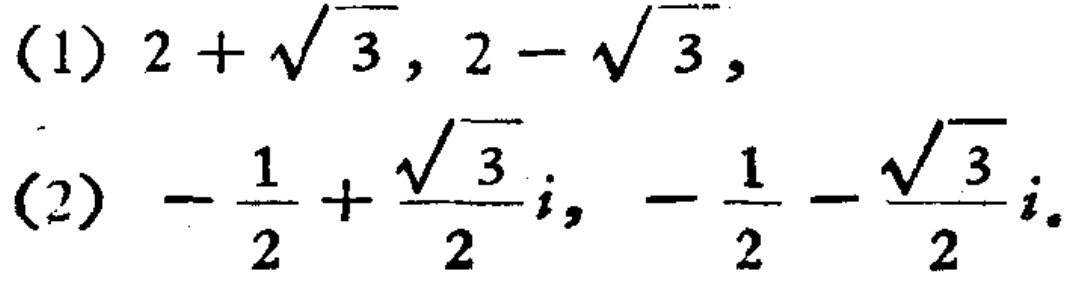
(1) \(2 + \sqrt{3}, 2 - \sqrt{3},\)
(2) \(-\frac{1}{2} + \frac{\sqrt{3}}{2}i, -\frac{1}{2} - \frac{\sqrt{3}}{2}i\)